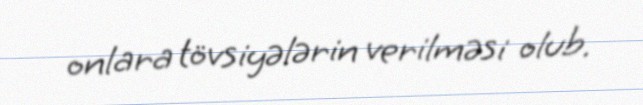
onlara tövsiyələrin verilməsi olub.